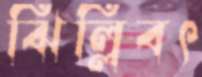
ঝিল্লিবৎ